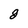
Character: 8